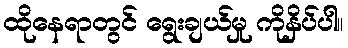
ထိုနေရာတွင် ရွေးချယ်မှု ကိုနှိပ်ပါ။